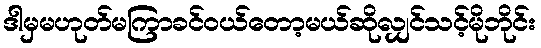
ဒါမှမဟုတ်မကြာခင်ဝယ်တော့မယ်ဆိုလျှင်သင့်မိုဘိုင်း